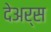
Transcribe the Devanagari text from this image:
देअर्स